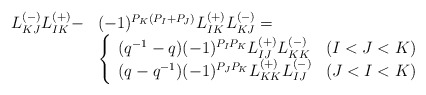
\begin{align*}\begin{array}{ll}L_{KJ}^{(-)}L_{IK}^{(+)}-&(-1)^{P_K(P_I+P_J)}L_{IK}^{(+)}L_{KJ}^{(-)}=\\&\left\{ \begin{array}{ll}(q^{-1}-q)(-1)^{P_IP_K}L_{IJ}^{(+)}L_{KK}^{(-)} & (I<J<K)\\(q-q^{-1})(-1)^{P_JP_K}L_{KK}^{(+)}L_{IJ}^{(-)} & (J<I<K) \end{array} \right.\end{array}\end{align*}